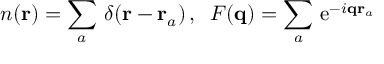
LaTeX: n ( { \bf r } ) = \sum _ { a } \, \delta ( { \bf r } - { \bf r } _ { a } ) \, , \; \; F ( { \bf q } ) = \sum _ { a } \, \mathrm { e } ^ { - i { \bf q } { \bf r } _ { a } }